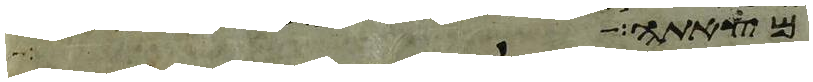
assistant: מצאתה ויהי